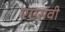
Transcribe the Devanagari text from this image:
एएसवी